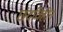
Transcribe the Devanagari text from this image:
छंदविहीन